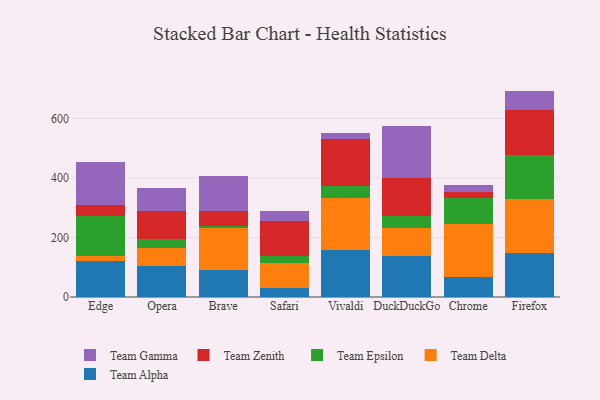
{"axis": {"x": "Browser", "y": "Conversion Rate (%)"}, "legend": ["Team Alpha", "Team Delta", "Team Epsilon", "Team Gamma", "Team Zenith"], "data": [{"x": "Edge", "y": 120.0, "type": "Team Alpha"}, {"x": "Edge", "y": 17.1, "type": "Team Delta"}, {"x": "Edge", "y": 135.5, "type": "Team Epsilon"}, {"x": "Edge", "y": 35.4, "type": "Team Zenith"}, {"x": "Edge", "y": 145.2, "type": "Team Gamma"}, {"x": "Opera", "y": 104.0, "type": "Team Alpha"}, {"x": "Opera", "y": 60.8, "type": "Team Delta"}, {"x": "Opera", "y": 30.5, "type": "Team Epsilon"}, {"x": "Opera", "y": 92.3, "type": "Team Zenith"}, {"x": "Opera", "y": 78.0, "type": "Team Gamma"}, {"x": "Brave", "y": 91.1, "type": "Team Alpha"}, {"x": "Brave", "y": 140.3, "type": "Team Delta"}, {"x": "Brave", "y": 6.0, "type": "Team Epsilon"}, {"x": "Brave", "y": 50.8, "type": "Team Zenith"}, {"x": "Brave", "y": 118.4, "type": "Team Gamma"}, {"x": "Safari", "y": 29.7, "type": "Team Alpha"}, {"x": "Safari", "y": 84.7, "type": "Team Delta"}, {"x": "Safari", "y": 21.7, "type": "Team Epsilon"}, {"x": "Safari", "y": 117.7, "type": "Team Zenith"}, {"x": "Safari", "y": 34.8, "type": "Team Gamma"}, {"x": "Vivaldi", "y": 157.1, "type": "Team Alpha"}, {"x": "Vivaldi", "y": 176.5, "type": "Team Delta"}, {"x": "Vivaldi", "y": 37.9, "type": "Team Epsilon"}, {"x": "Vivaldi", "y": 157.9, "type": "Team Zenith"}, {"x": "Vivaldi", "y": 19.8, "type": "Team Gamma"}, {"x": "DuckDuckGo", "y": 139.3, "type": "Team Alpha"}, {"x": "DuckDuckGo", "y": 92.3, "type": "Team Delta"}, {"x": "DuckDuckGo", "y": 42.1, "type": "Team Epsilon"}, {"x": "DuckDuckGo", "y": 125.9, "type": "Team Zenith"}, {"x": "DuckDuckGo", "y": 173.6, "type": "Team Gamma"}, {"x": "Chrome", "y": 68.2, "type": "Team Alpha"}, {"x": "Chrome", "y": 175.8, "type": "Team Delta"}, {"x": "Chrome", "y": 89.4, "type": "Team Epsilon"}, {"x": "Chrome", "y": 19.6, "type": "Team Zenith"}, {"x": "Chrome", "y": 24.6, "type": "Team Gamma"}, {"x": "Firefox", "y": 148.3, "type": "Team Alpha"}, {"x": "Firefox", "y": 179.8, "type": "Team Delta"}, {"x": "Firefox", "y": 150.0, "type": "Team Epsilon"}, {"x": "Firefox", "y": 151.4, "type": "Team Zenith"}, {"x": "Firefox", "y": 62.9, "type": "Team Gamma"}]}